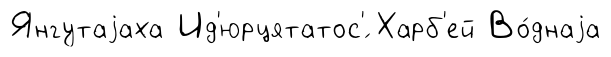
Янгутаjаха Ид'юрцятатос'́ Харб'ей Во́днаjа